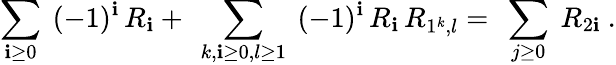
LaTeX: \sum_{\mathbf{i}\geq0}\ (-1)^{\mathbf{i}}\, R_{\mathbf{i}}+\ \sum_{k,\mathbf{i}\geq0,l\geq1}\ (-1)^{\mathbf{i}}\, R_{\mathbf{i}}\, R_{1^{k},l}=\ \sum_{j\geq0}\ R_{2\mathbf{i}}\ .